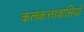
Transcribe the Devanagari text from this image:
कलकत्तावासियों